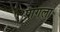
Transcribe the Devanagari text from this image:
प्रागला